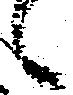
々